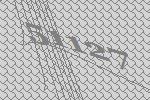
51127